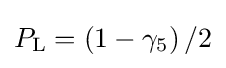
P_{\text{L}}=\left(1-\gamma _{5}\right)/2